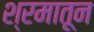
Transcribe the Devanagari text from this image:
श्रमातून